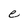
Character: e